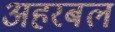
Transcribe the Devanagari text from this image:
अहरबल